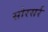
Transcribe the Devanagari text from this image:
सोरसर्र